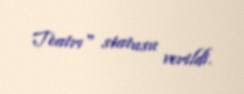
Teatrı" statusu verildi.